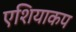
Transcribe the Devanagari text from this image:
एशियाकप